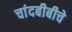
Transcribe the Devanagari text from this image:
चांदबीबीचे